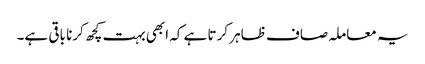
یہ معاملہ صاف ظاہر کرتا ہے کہ ابھی بہت کچھ کرنا باقی ہے۔